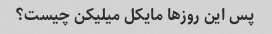
پس این روزها مایکل میلیکن چیست؟